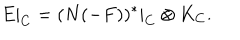
E | _ { C } = ( N ( - F ) ) ^ { * } | _ { C } \otimes K _ { C } .